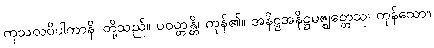
ကုသလဝိပါကာနိ၊ တို့သည်။ ပဝတ္တန္တိ၊ ကုန်၏။ အနိဋ္ဌအနိဋ္ဌမဇ္ဈတ္တေသု၊ ကုန်သော။